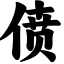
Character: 偾